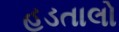
હડતાલો